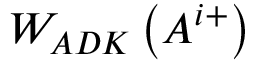
W _ { A D K } \left( A ^ { i + } \right)